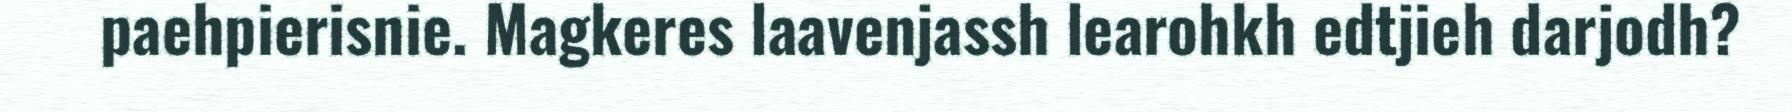
paehpierisnie. Magkeres laavenjassh learohkh edtjieh darjodh?